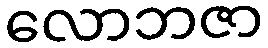
လောဘဇာ